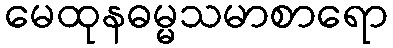
မေထုနဓမ္မသမာစာရော